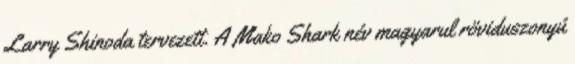
Larry Shinoda tervezett. A Mako Shark név magyarul röviduszonyú